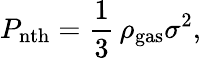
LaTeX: P_{\mathrm{nth}}=\frac{1}{3}\, \rho_{\mathrm{gas}}\sigma^{2},